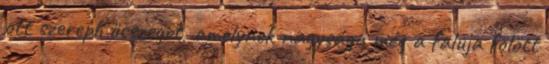
ott szereplı összeget, amelynek nagysága még a faluja fölött